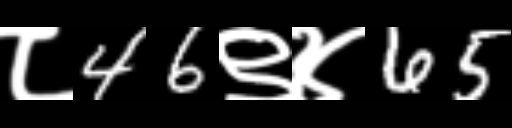
Text: ८46९४65